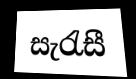
සැරැසී